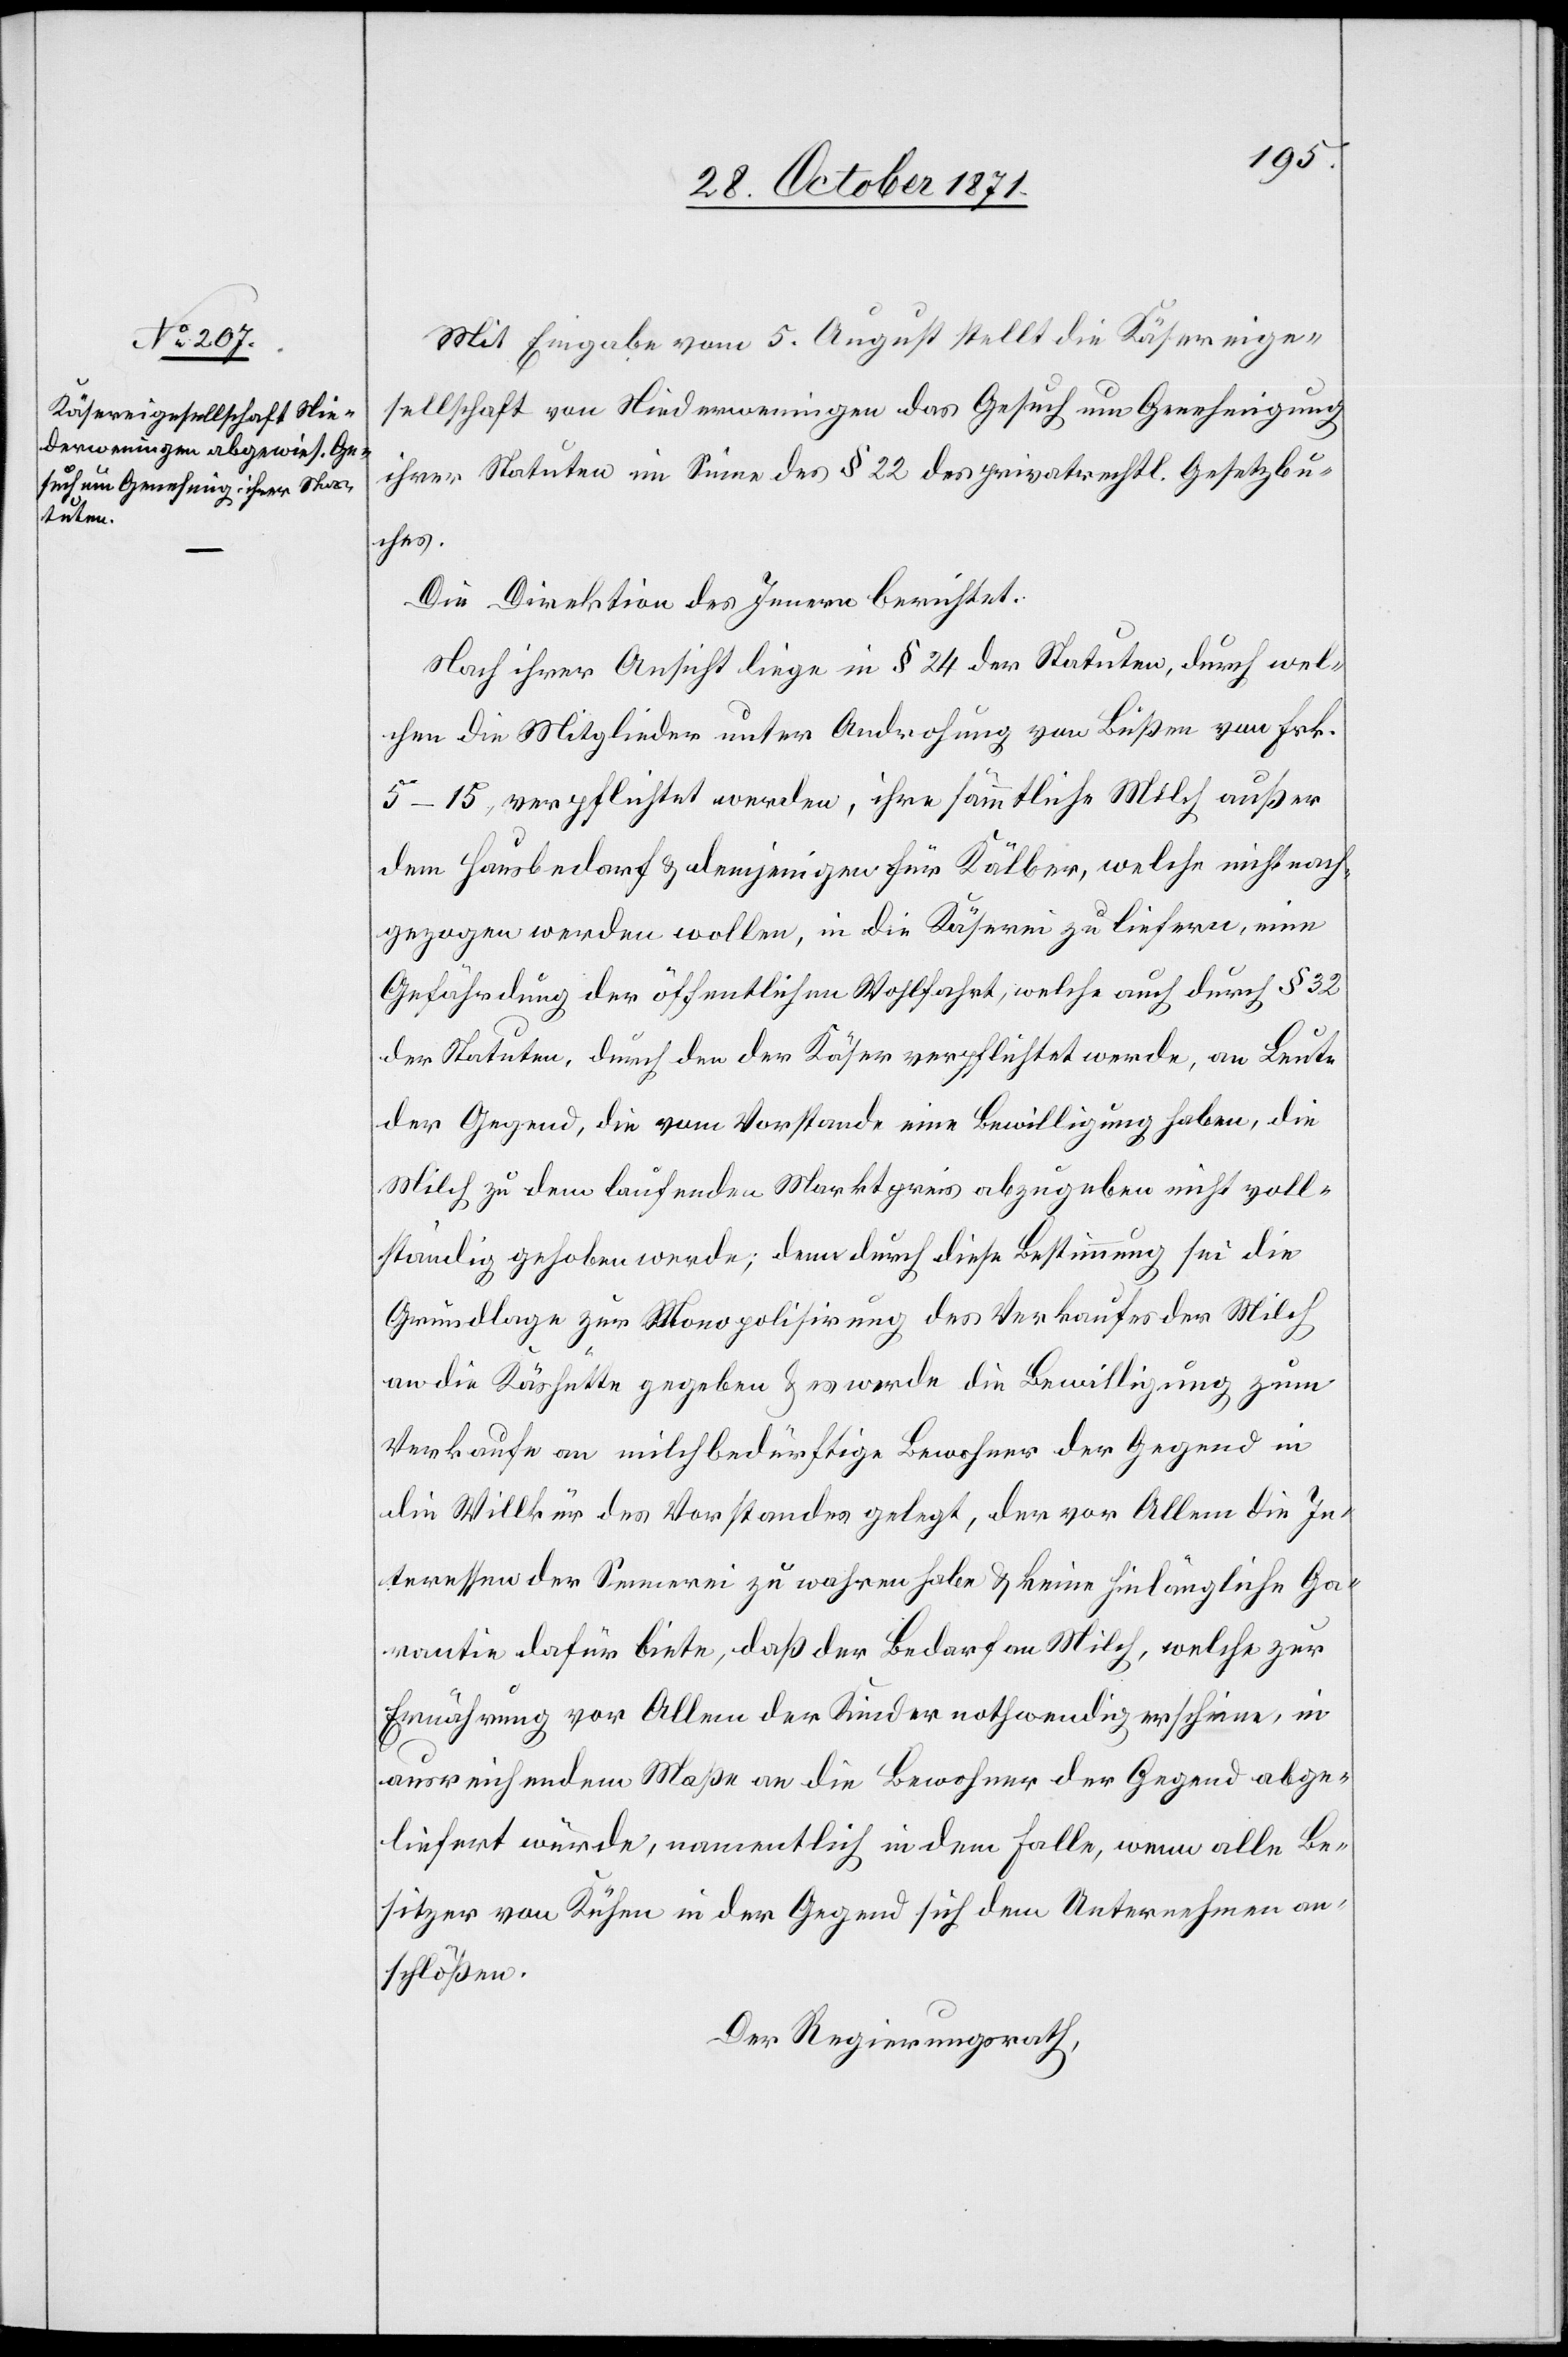
Mit Eingabe vom 5. August stellt die Käsereige¬
sellschaft von Niederwenigen das Gesuch um Genehmigung
ihrer Statuten im Sinne des § 22 des privatrechtl. Gesetzbu¬
ches.
Die Direktion des Innern berichtet:
Nach ihrer Ansicht liege in § 24 der Statuten, durch wel¬
che die Mitglieder unter Androhung von Bußen von Frk.
5–15 verpflichtet werden, ihre sämmtliche Milch außer
dem Hausbedarf & demjenigen für Kälber, welche nicht nach¬
gezogen werden wollen, in die Käserei zu liefern, eine
Gefährdung der öffentlichen Wohlfahrt, welche auch durch § 32
der Statuten, durch den der Käser verpflichtet werde, an Leute
der Gegend, die vom Vorstande eine Bewilligung haben, die
Milch zu dem laufenden Marktpreis abzugeben nicht voll¬
ständig gehoben werde; denn durch diese Bestimmung sei die
Grundlage zur Monopolisirung des Verkaufes der Milch
an die Käshütte gegeben & es werde die Bewilligung zum
Verkaufe an milchbedürftige Bewohner der Gegend in
die Willkür des Vorstandes gelegt, der vor Allem die In¬
teressen der Sennerei zu wahren habe & keine hinlängliche Ga¬
rantie dafür biete, daß der Bedarf an Milch, welche zur
Ernährung vor Allem der Kinder nothwendig erscheine, in
ausreichendem Maße an die Bewohner der Gegend abge¬
liefert würde, namentlich in dem Falle, wenn alle Be¬
sitzer von Kühen in der Gegend sich dem Unternehmen an¬
schlößen.
Der Regierungsrath,